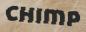
chimp